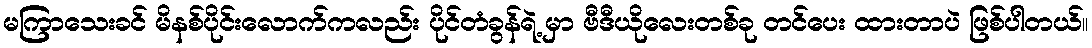
မကြာသေးခင် မိနစ်ပိုင်းလောက်ကလည်း ပိုင်တံခွန်ရဲ့ မှာ ဗီဒီယိုလေးတစ်ခု တင်ပေး ထားတာပဲ ဖြစ်ပါတယ်။